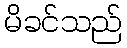
မိခင်သည်